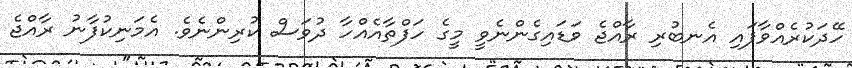
ހޭދަކުރެއްވާފައި އެނބުރި ރާއްޖެ ވަޑައިގެންނެވީ މީގެ ހަފްތާއެއްހާ ދުވަސް ކުރިންނެވެ. އެމަނިކުފާނު ރާއްޖެ